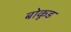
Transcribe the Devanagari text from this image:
बोकूड